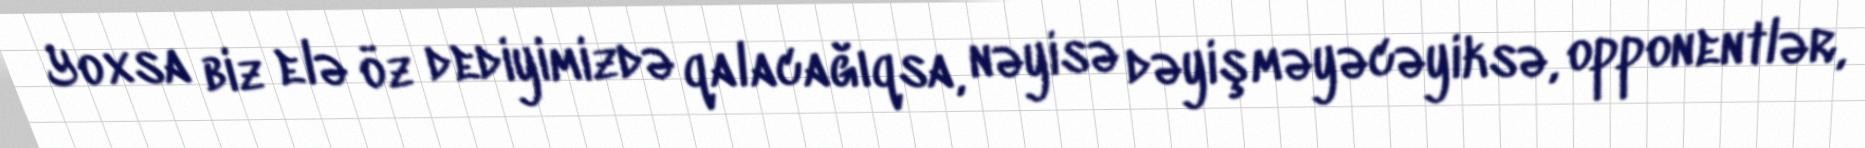
Yoxsa biz elə öz dediyimizdə qalacağıqsa, nəyisə dəyişməyəcəyiksə, opponentlər,